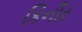
કિનૌર